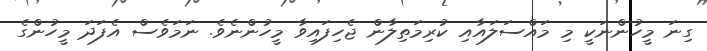
ގިނަ މީހުންނަކީ މި މައްސަލައާއި ކުރިމަތިލާން ޖެހިފައިވާ މީހުންނެވެ. ނަމަވެސް އެފަދަ މީހުންގެ